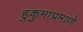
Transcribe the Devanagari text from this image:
हुकुमाप्रमाणे